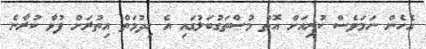
އެހެން ނަމަވެސް ކުރިއަށް އޮތް މުސްތަގުބަލުގައި އެ ހިދުމަތް އިތުރަށް ފުޅާ ކުރާނެ